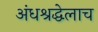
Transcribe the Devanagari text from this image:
अंधश्रद्धेलाच